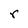
Character: r